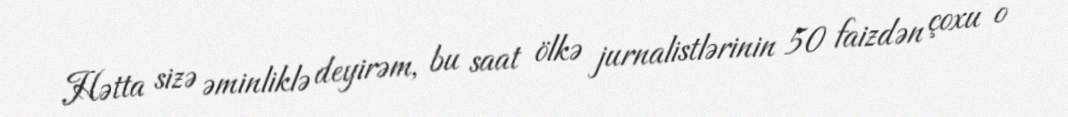
Hətta sizə əminliklə deyirəm, bu saat ölkə jurnalistlərinin 50 faizdən çoxu o